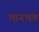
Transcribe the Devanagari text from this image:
मानभंग